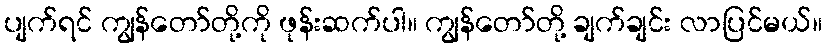
ပျက်ရင် ကျွန်တော်တို့ကို ဖုန်းဆက်ပါ။ ကျွန်တော်တို့ ချက်ချင်း လာပြင်မယ်။